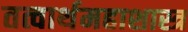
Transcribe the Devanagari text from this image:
तत्वार्थमहाशास्त्र